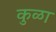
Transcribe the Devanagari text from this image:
कुळा